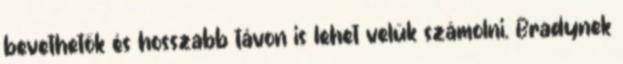
bevethetők és hosszabb távon is lehet velük számolni. Bradynek